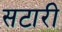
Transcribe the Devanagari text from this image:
सटारी